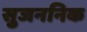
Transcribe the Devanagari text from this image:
सुजननिक